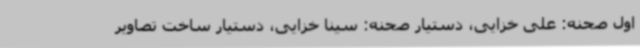
اول صحنه: علی خزایی، دستیار صحنه: سینا خزایی، دستیار ساخت تصاویر